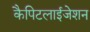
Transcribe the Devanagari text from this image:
कैपिटलाईजेशन